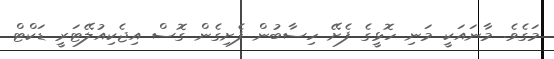
މަގެވެ. މާނައަކީ މަނި ހޮޅީގެ ފެށޭ ހިސާބުން ފެށިގެން ގޮސް އިޖެކިއުލޭޓަރީ ޑަކްޓް